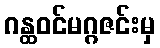
ဂန္ထဝင်မဂ္ဂဇင်းမှ